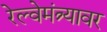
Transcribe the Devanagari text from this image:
रेल्वेमंत्र्यावर